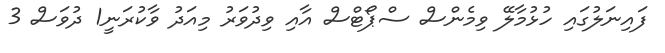
ފައިނަލުގައި ހުޅުމާލޭ ވިމެންސް ސްޕޯޓްސް އާއި ވިދުވަރު މިއަދު ވާކުރަނީ1 ދުވަސް 3